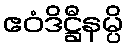
ဧဝံဒိဋ္ဌီနမ္ပိ